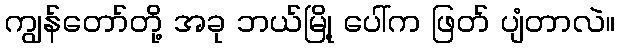
ကျွန်တော်တို့ အခု ဘယ်မြို့ ပေါ်က ဖြတ် ပျံတာလဲ။